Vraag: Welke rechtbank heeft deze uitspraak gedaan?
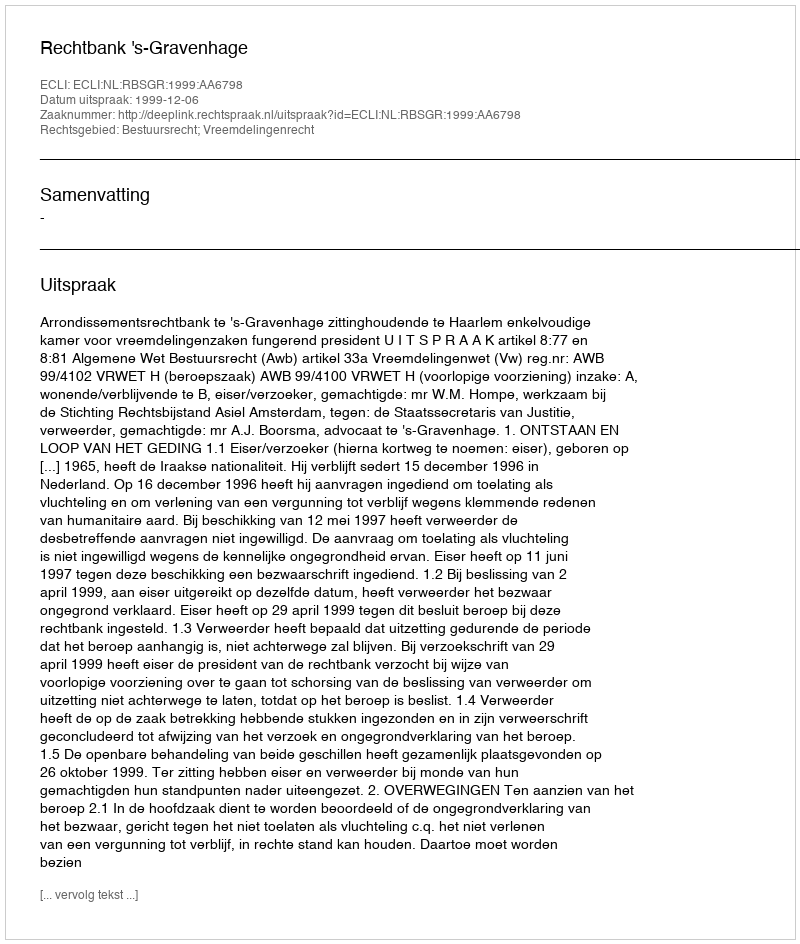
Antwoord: Rechtbank 's-Gravenhage